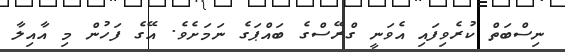
ނިސްބަތް ކުރެވިފައި އެވަނީ ގްރޭސްގެ ބައްޕަގެ ނަމަށެވެ. އޭގެ ފަހުން މި އާއިލާ